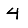
Digit: 4